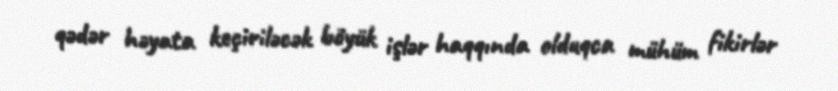
qədər həyata keçiriləcək böyük işlər haqqında olduqca mühüm fikirlər